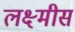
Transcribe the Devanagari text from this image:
लक्ष्मीस